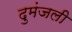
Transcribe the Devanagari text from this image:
दुमंजली